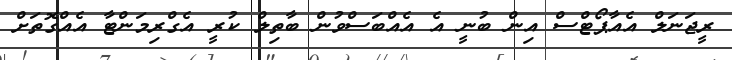
ރީޖަނަލް އެއާޕޯޓްސް އިން ބުނީ އެ އެއްބަސްވުން ބާތިލް ކުރީ އެގްރިމަންޓާ އެއްގޮތަށް